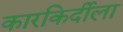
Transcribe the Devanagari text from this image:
कारकिर्दीला